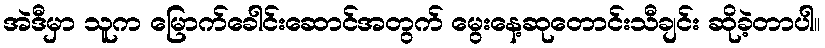
အဲဒီမှာ သူက မြောက်ခေါင်းဆောင်အတွက် မွေးနေ့ဆုတောင်းသီချင်း ဆိုခဲ့တာပါ။